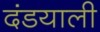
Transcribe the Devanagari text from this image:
दंडयाली